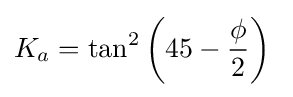
K_{a}=\tan ^{2}\left(45-{\frac {\phi }{2}}\right)\